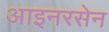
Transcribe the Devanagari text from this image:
आइनरसेन